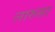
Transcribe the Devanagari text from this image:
लारुसा